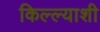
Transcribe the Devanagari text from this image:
किल्ल्याशी